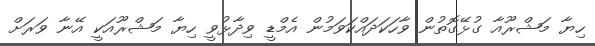
ހިޔާ މަޝްރޫއާ ގުޅޭގޮތުން ވާހަކަދައްކަވަމުން އެމްޑީ ވިދާޅުވީ ހިޔާ މަޝްރޫއަކީ އޭނާ ވަރަށް